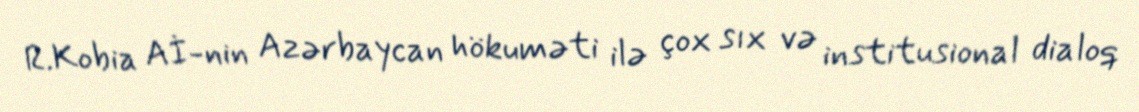
R.Kobia Aİ-nin Azərbaycan hökuməti ilə çox sıx və institusional dialoq